Report on the lunatic asylums under the Government of Bombay - 1904-1913
Year: 1904
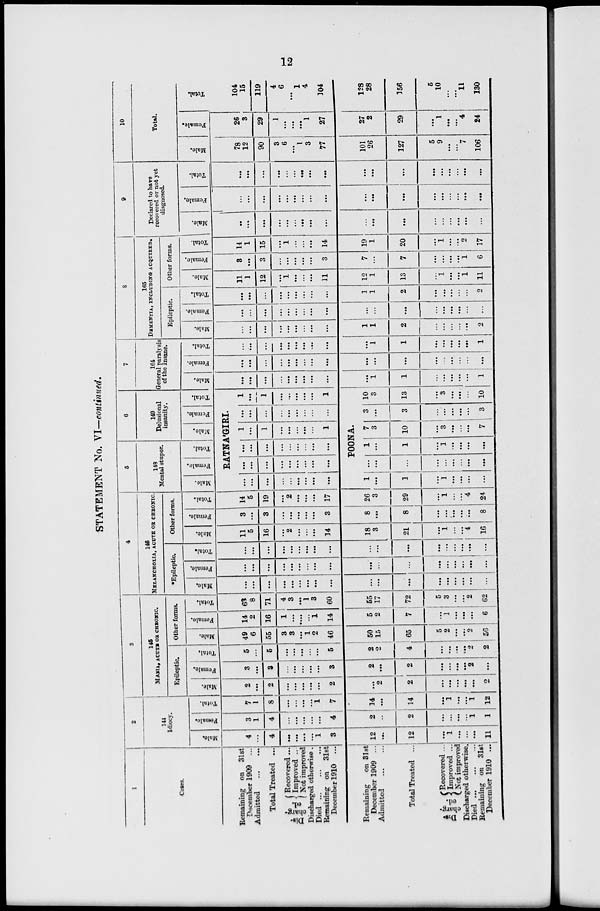
12
STATEMENT No. VI—continued.
1
Cases.
Remaining on
31st
December 1909
...
Admitted ... ...
Total Treated ...
Dis-
charg-
ed.
Recovered ...
Improved ...
Not improved
Discharged otherwise.
Died ... ... ...
Remaining on
31st
December 1910
...
Remaining
on 31st
December 1909 ...
Admitted
...
...
Total Treated ...
Dis-
charg-
ed.
Recovered ...
Improved ...
Not improved
Discharged otherwise.
Died
...
...
...
Remaining on 31st
December 1910 ...
2
144
Idiocy.
Male.
4
...
4
...
...
...
...
1
3
12
...
12
...
1
...
...
...
11
Female.
3
1
4
...
...
...
...
...
4
2
...
2
...
...
...
...
1
1
Total.
7
1
8
...
...
...
...
1
7
14
...
14
...
1
...
...
1
12
3
145
MANIA, ACUTE OR CHRONIC.
Epileptic
Male.
2
...
2
...
...
...
...
2
...
2
2
...
...
...
...
...
2
Female.
3
...
3
...
...
...
...
...
3
2
...
2
...
...
...
...
2
...
Total.
5
...
5
...
...
...
...
...
5
2
2
4
...
...
...
...
2
2
Other forms.
Male.
49
6
55
3
3
...
1
2
46
50
15
65
5
2
...
...
2
56
Female.
14
2
16
1
...
....
...
1
14
5
2
7
...
1
...
...
...
6
Total.
63
8
71
4
3
...
1
3
60
55
17
72
5
3
...
...
2
62
4
146
MELANCHOLIA, ACUTE OR CHRONIC.
.Epileptic.
Male.
...
...
...
...
...
...
...
...
...
...
...
...
...
...
...
...
...
...
Female.
...
...
...
...
...
...
...
...
...
...
...
...
...
...
...
...
...
...
Total.
...
...
...
...
...
...
...
...
...
...
...
...
...
...
...
...
...
...
Other forms.
Male.
11
5
16
...
2
...
...
...
14
18
3
21
...
1
...
...
4
16
Female.
3
...
3
...
...
...
...
...
3
8
...
8
...
...
...
...
...
8
Total.
14
5
19
...
2
...
...
...
17
26
3
29
...
1
...
...
4
24
5
148
Mental stupor.
Male.
Female.
Total.
6
149
Delusional
insanity.
Male.
Female.
Total.
RATNA'GIRI.
...
...
...
...
...
...
...
...
...
...
...
...
...
...
...
...
...
...
...
...
...
...
...
...
...
...
...
1
...
1
...
...
...
...
...
1
...
...
...
...
...
...
...
...
...
1
...
1
...
...
...
...
...
1
POONA.
1
...
1
...
1
...
...
...
...
...
...
...
...
...
...
...
...
...
1
...
1
...
1
...
...
...
...
7
3
10
...
3
...
...
...
7
3
...
3
...
...
...
...
...
3
10
3
13
...
3
...
...
...
10
7
164
General paralysis
of the Insane.
Male.
...
...
...
...
...
...
...
...
...
...
1
1
...
...
...
...
...
1
Female.
...
...
...
...
...
...
...
...
...
...
...
...
...
...
...
...
...
...
Total.
...
...
...
...
...
...
...
...
...
...
1
1
...
...
...
...
...
1
8
165
DEMENTIA, INCLUDING ACQUIRED.
Epileptic.
Male.
...
...
...
...
...
...
...
...
...
1
1
2
...
...
...
...
...
2
Female.
...
...
...
...
...
...
...
...
...
...
...
...
...
...
...
...
...
Total.
...
...
...
...
...
...
...
...
...
1
1
2
...
...
...
...
...
2
Other forms.
Male.
11
1
12
...
1
...
...
...
11
12
1
13
...
1
...
...
1
11
Female.
3
...
3
...
...
...
...
...
3
7
...
7
...
...
...
...
1
6
Total.
14
1
15
...
1
...
...
...
14
19
1
20
...
1
...
...
2
17
9
Declared to have
recovered or not yet
diagnosed.
Male.
...
...
...
...
...
...
...
...
...
...
...
...
...
...
...
...
...
...
Female.
...
...
...
...
...
...
...
...
...
...
...
...
...
...
...
...
...
...
Total.
...
...
...
...
...
...
...
...
...
...
...
...
...
...
...
...
...
...
10
Total.
Male.
78
12
90
3
6
...
1
3
77
101
26
127
5
9
...
...
7
106
Female.
26
3
29
1
...
...
...
1
27
27
2
29
...
1
...
...
4
24
Total.
104
15
119
4
6
...
1
4
104
128
28
156
5
10
...
...
11
130